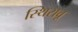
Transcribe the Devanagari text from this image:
स्थिरावू